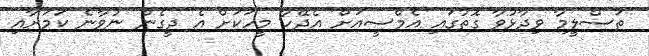
ތަސްލީމާ ވިދާޅުވާ ގޮތުގައި އެމްސީއަށް އެދޭހާ މީހަކަށް އެ ދީގެން ނުވާނެ ކަމަށާއި